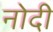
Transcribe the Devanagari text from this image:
नोदी